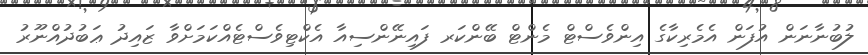
ލުބުނާނަން އުފަން އެމެރިކާގެ އިންވެސްޓް މެންޓް ބޭންކަރ ފައިނޭންސިއާ އެކްޓިވެސްޓެއްކަމަށްވާ ޒައިދު ޢަބުދުއްނޫރު